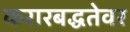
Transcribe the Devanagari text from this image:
करारबद्धतेवर